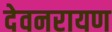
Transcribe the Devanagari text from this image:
देवनरायण